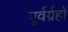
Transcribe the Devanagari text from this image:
पूर्वर्ग्रहों